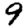
Digit: 9